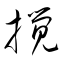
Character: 撹